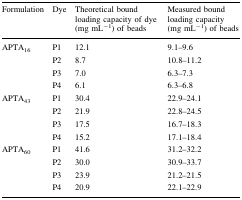
<table><thead><tr><td><b>Formulation</b></td><td><b>Dye</b></td><td><b>Theoretical bound loading capacity of dye (mg mL<sup>−1</sup>) of beads</b></td><td><b>Measured bound loading capacity (mg mL<sup>−1</sup>) of beads</b></td></tr></thead><tbody><tr><td rowspan="4">APTA<sub>16</sub></td><td>P1</td><td>12.1</td><td>9.1–9.6</td></tr><tr><td>P2</td><td>8.7</td><td>10.8–11.2</td></tr><tr><td>P3</td><td>7.0</td><td>6.3–7.3</td></tr><tr><td>P4</td><td>6.1</td><td>6.3–6.8</td></tr><tr><td rowspan="4">APTA<sub>43</sub></td><td>P1</td><td>30.4</td><td>22.9–24.1</td></tr><tr><td>P2</td><td>21.9</td><td>22.8–24.5</td></tr><tr><td>P3</td><td>17.5</td><td>16.7–18.3</td></tr><tr><td>P4</td><td>15.2</td><td>17.1–18.4</td></tr><tr><td rowspan="4">APTA<sub>60</sub></td><td>P1</td><td>41.6</td><td>31.2–32.2</td></tr><tr><td>P2</td><td>30.0</td><td>30.9–33.7</td></tr><tr><td>P3</td><td>23.9</td><td>21.2–21.5</td></tr><tr><td>P4</td><td>20.9</td><td>22.1–22.9</td></tr></tbody></table>